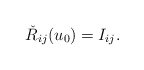
\begin{align*} \check{R}_{ij}(u_0)= I_{ij}.\end{align*}